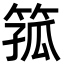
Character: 箛